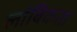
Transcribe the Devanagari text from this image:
लांबिकता